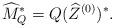
LaTeX: \begin{align*} \widehat M^*_Q = Q(\widehat Z^{(0)})^*. \end{align*}